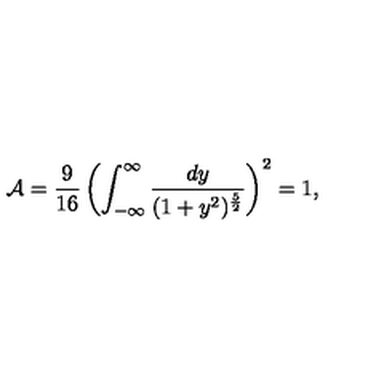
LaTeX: { \cal A } = { \frac { 9 } { 1 6 } } \left( \int _ { - \infty } ^ { \infty } { \frac { d y } { ( 1 + y ^ { 2 } ) ^ { \frac { 5 } { 2 } } } } \right) ^ { 2 } = 1 ,